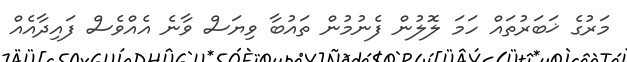
މަރުގެ ޚަބަރުތައް ހަމަ ލޮލުން ފެނުމުން ތައުބާ ވިޔަސް ވާނެ އެއްވެސް ފައިދާއެއް